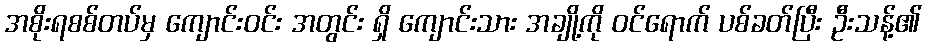
အစိုးရစစ်တပ်မှ ကျောင်းဝင်း အတွင်း ရှိ ကျောင်းသား အချို့ကို ဝင်ရောက် ပစ်ခတ်ပြီး ဦးသန့်၏